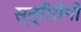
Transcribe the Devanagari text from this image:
स्त्रीरोगों